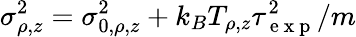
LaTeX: \sigma_{\rho,z}^{2}=\sigma_{0,\rho,z}^{2}+k_{B}T_{\rho,z}\tau_{\mathrm{~e~x~p~}}^{2}/m